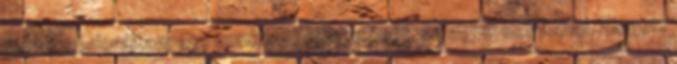
fogva moderáltam egy bunkó megjegyzését, az egyik beírásból. Elegem